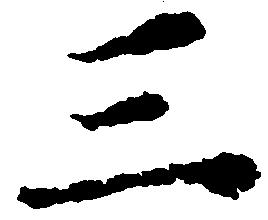
三